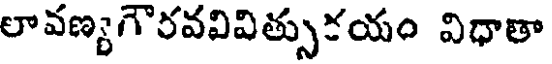
లావణ్యగౌరవవివిత్సుకయం విధాతా